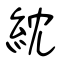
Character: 紞